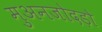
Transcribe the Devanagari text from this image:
मुअनजोदड़ो